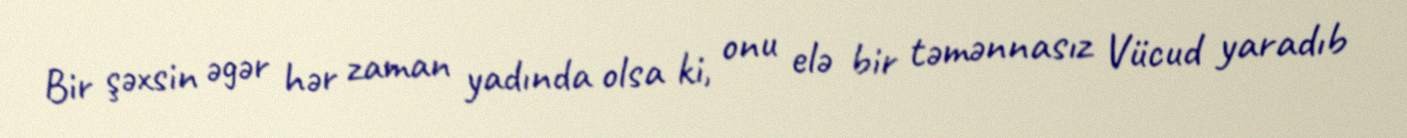
Bir şəxsin əgər hər zaman yadında olsa ki, onu elə bir təmənnasız Vücud yaradıb